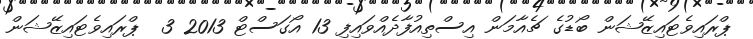
ޕްރައިވެޓައިޒޭޝަން ބޯޑުގެ ޗެއާމަން އިސްތިއުފާދެއްވައިފި 13 އޯގަސްޓް 2013 3  ޕްރައިވެޓައިޒޭޝަން